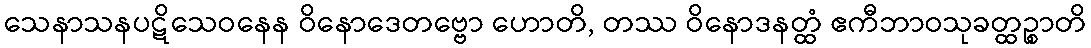
သေနာသနပဋိသေဝနေန ဝိနောဒေတဗ္ဗော ဟောတိ, တဿ ဝိနောဒနတ္ထံ ဧကီဘာဝသုခတ္ထဉ္စာတိ